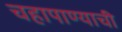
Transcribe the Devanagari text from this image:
चहापाण्याची